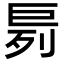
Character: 𪩤